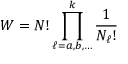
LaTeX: W = N ! \prod _ { \ell = a , b , \ldots } ^ { k } { \frac { 1 } { N _ { \ell } ! } }